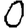
Digit: 0